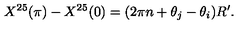
X ^ { 2 5 } ( \pi ) - X ^ { 2 5 } ( 0 ) = ( 2 \pi n + \theta _ { j } - \theta _ { i } ) R ^ { \prime } .